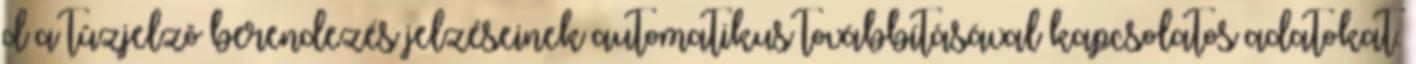
d a tûzjelzõ berendezés jelzéseinek automatikus továbbításával kapcsolatos adatokat.